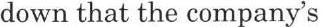
down that the company's